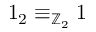
1 _ { 2 } \equiv _ { \mathbb { Z } _ { 2 } } 1